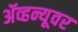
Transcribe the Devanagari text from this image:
ॲव्हन्यूवर